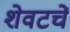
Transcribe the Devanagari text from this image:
शेवटचें